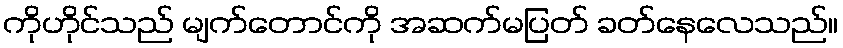
ကိုဟိုင်သည် မျက်တောင်ကို အဆက်မပြတ် ခတ်နေလေသည်။